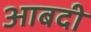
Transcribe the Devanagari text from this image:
आबदी